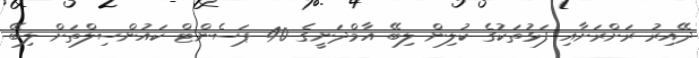
ދޭއިރު ރަށްރަށާއި ފަޅުތަކުގެ ކުލިން ލިބޭ އާމްދަނީގެ 40 ޕަސެންޓް ކައުންސިލްތަށް ލިބޭ